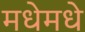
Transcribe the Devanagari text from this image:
मधेमधे